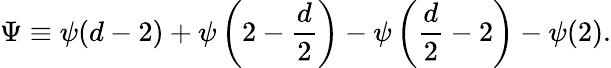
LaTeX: \Psi\equiv\psi(d-2)+\psi\left(2-{\frac{d}{2}}\right)-\psi\left({\frac{d}{2}}-2\right)-\psi(2).